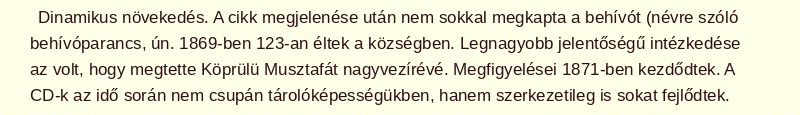
Dinamikus növekedés. A cikk megjelenése után nem sokkal megkapta a behívót (névre szóló behívóparancs, ún. 1869-ben 123-an éltek a községben. Legnagyobb jelentőségű intézkedése az volt, hogy megtette Köprülü Musztafát nagyvezírévé. Megfigyelései 1871-ben kezdődtek. A CD-k az idő során nem csupán tárolóképességükben, hanem szerkezetileg is sokat fejlődtek.